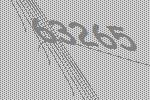
63265